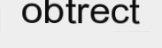
obtrect